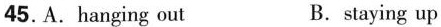
45. A. hanging out B. staying up